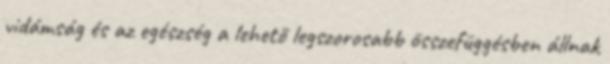
vidámság és az egészség a lehető legszorosabb összefüggésben állnak